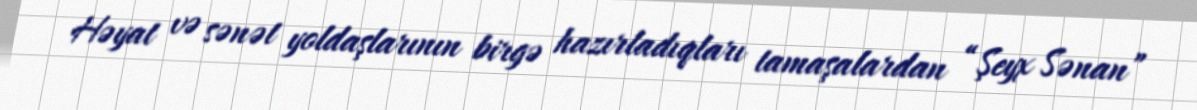
Həyat və sənət yoldaşlarının birgə hazırladıqları tamaşalardan “Şeyx Sənan”